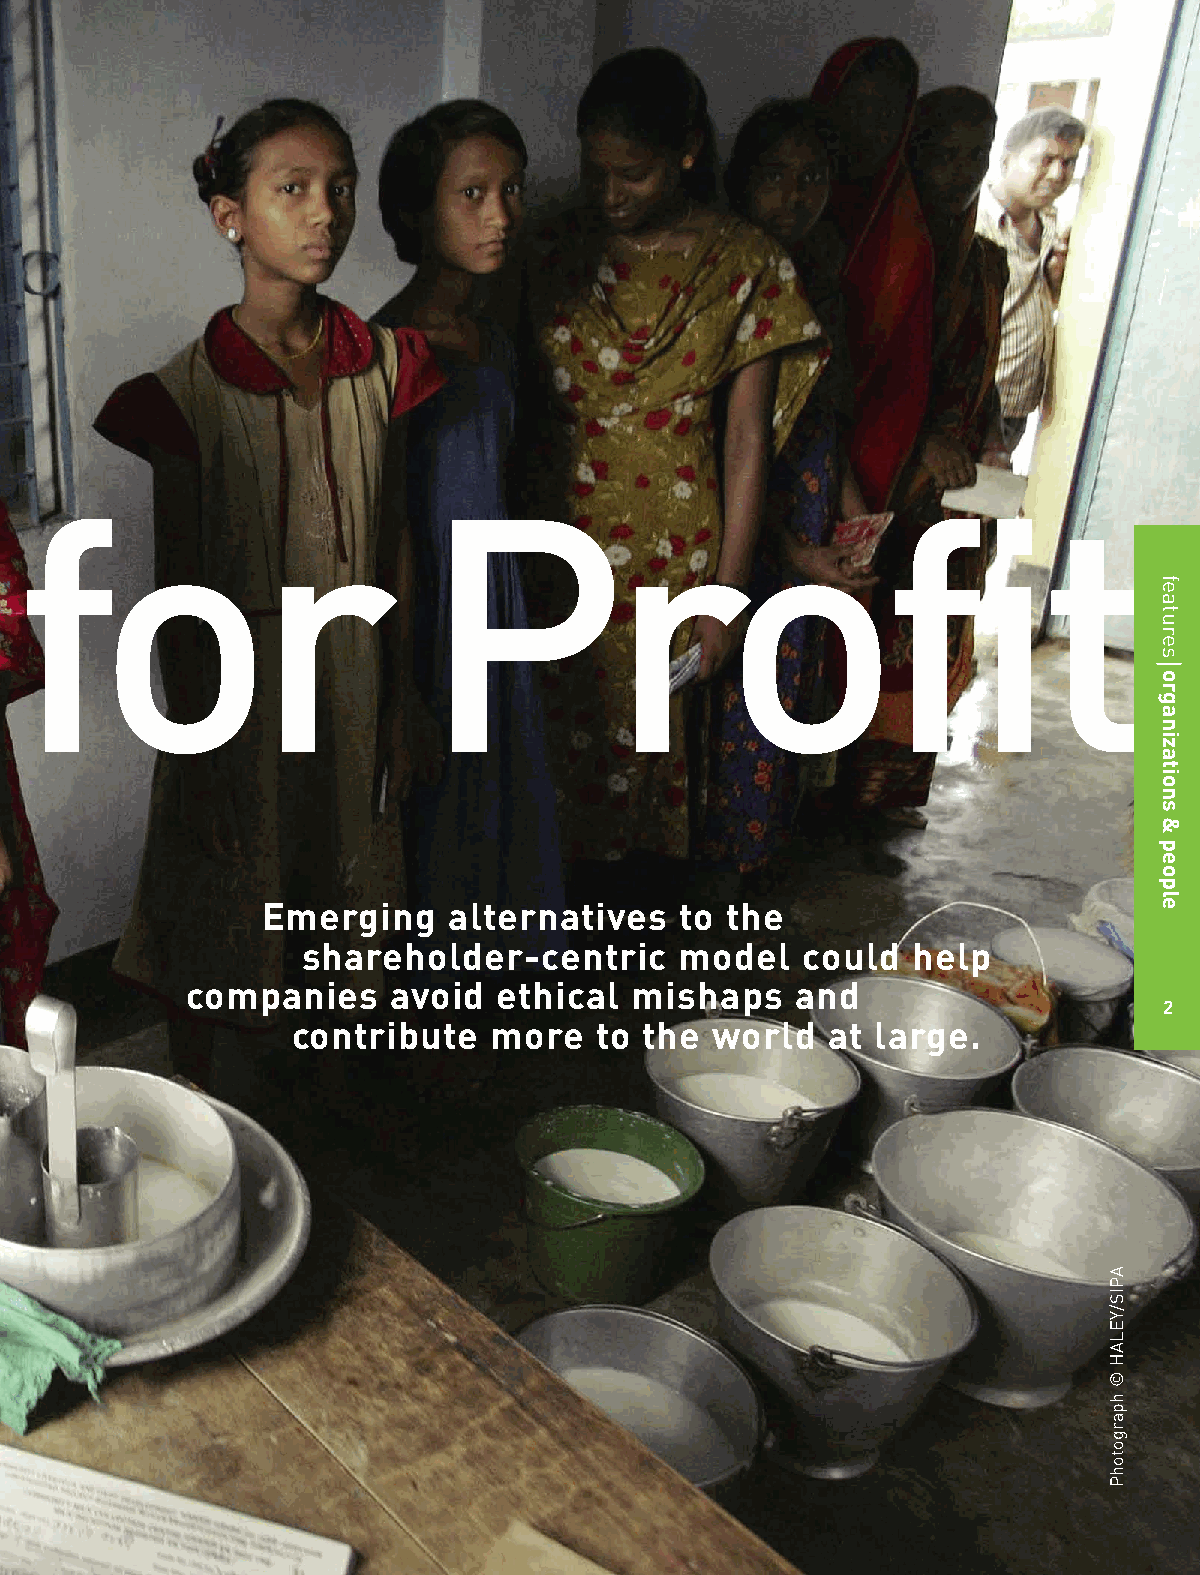
for                        Profit
 Emerging     alternatives   to the
 shareholder-centric      model   could  help
 companies     avoid  ethical  mishaps    and
 2
 contribute   more   to  the world   at large.
 APIS/YELAH©hpargotohP
 features
 organizations&people